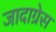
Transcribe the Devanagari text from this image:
जादाग्रेस